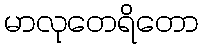
မာလုတေရိတော